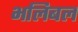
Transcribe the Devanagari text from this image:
भलिबल